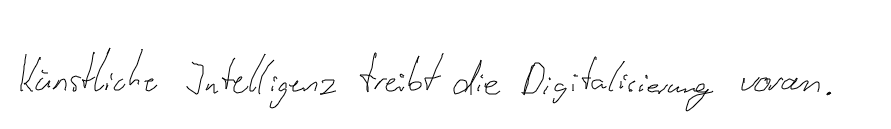
Künstliche Intelligenz treibt die Digitalisierung voran.